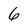
Character: 6